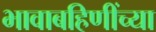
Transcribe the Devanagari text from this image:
भावाबहिणींच्या